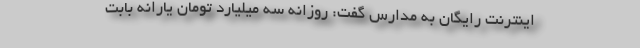
اینترنت رایگان به مدارس گفت: روزانه سه میلیارد تومان یارانه بابت